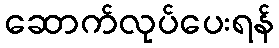
ဆောက်လုပ်ပေးရန်